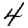
Digit: 4